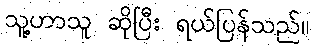
သူ့ဟာသူ ဆိုပြီး ရယ်ပြန်သည်။